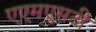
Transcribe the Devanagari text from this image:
एएमएसटी